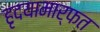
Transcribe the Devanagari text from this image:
हृदयामार्फत